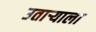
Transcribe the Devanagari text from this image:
उताऱ्याला